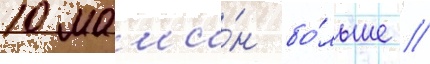
10 маши́н бо́льше /